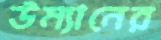
উম্যানের